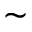
\sim